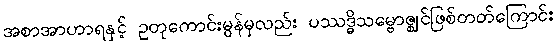
အစာအာဟာရနှင့် ဥတုကောင်းမွန်မှလည်း ပဿဒ္ဓိသမ္ဗောဇ္ဈင်ဖြစ်တတ်ကြောင်း